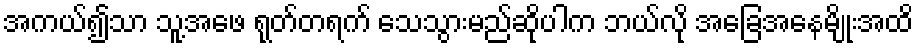
အကယ်၍သာ သူ့အဖေ ရုတ်တရက် သေသွားမည်ဆိုပါက ဘယ်လို အခြေအနေမျိုးအထိ